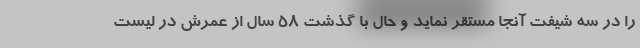
را در سه شیفت آنجا مستقر نماید و حال با گذشت ۵۸ سال از عمرش در لیست